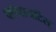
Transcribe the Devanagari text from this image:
फ्लेबायटिस्